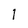
Character: I